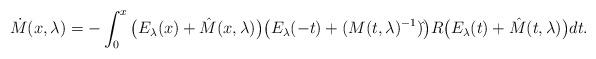
LaTeX: \begin{align*}\dot M(x,\lambda)=-\int_0^x \big(E_\lambda(x)+ \hat M(x,\lambda) \big)\big(E_\lambda(-t)+ (M(t,\lambda)^{-1})\hat{ } \big) R\big(E_\lambda(t)+ \hat M(t,\lambda) \big)dt.\end{align*}